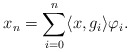
\begin{align*}x_n=\sum_{i=0}^{n}\langle x,g_i\rangle \varphi_i.\end{align*}